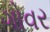
ગોવર